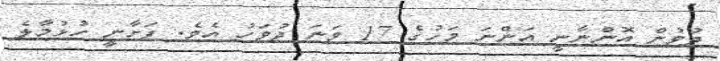
ދުވުން އޮންނާނީ އަންނަ މަހުގެ 17 ވަނަ ދުވަހު އެވެ. ފަށާނީ ހުޅުމާލެ